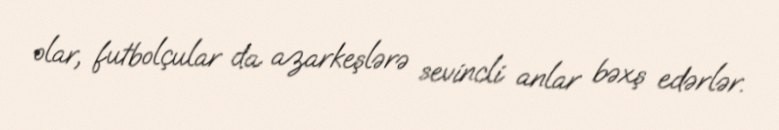
olar, futbolçular da azarkeşlərə sevincli anlar bəxş edərlər.